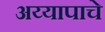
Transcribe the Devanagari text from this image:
अय्यापाचे